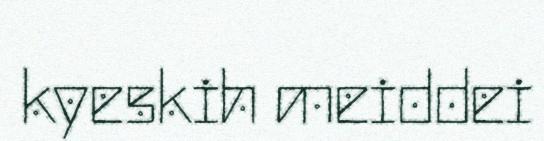
kyeskih meiddei